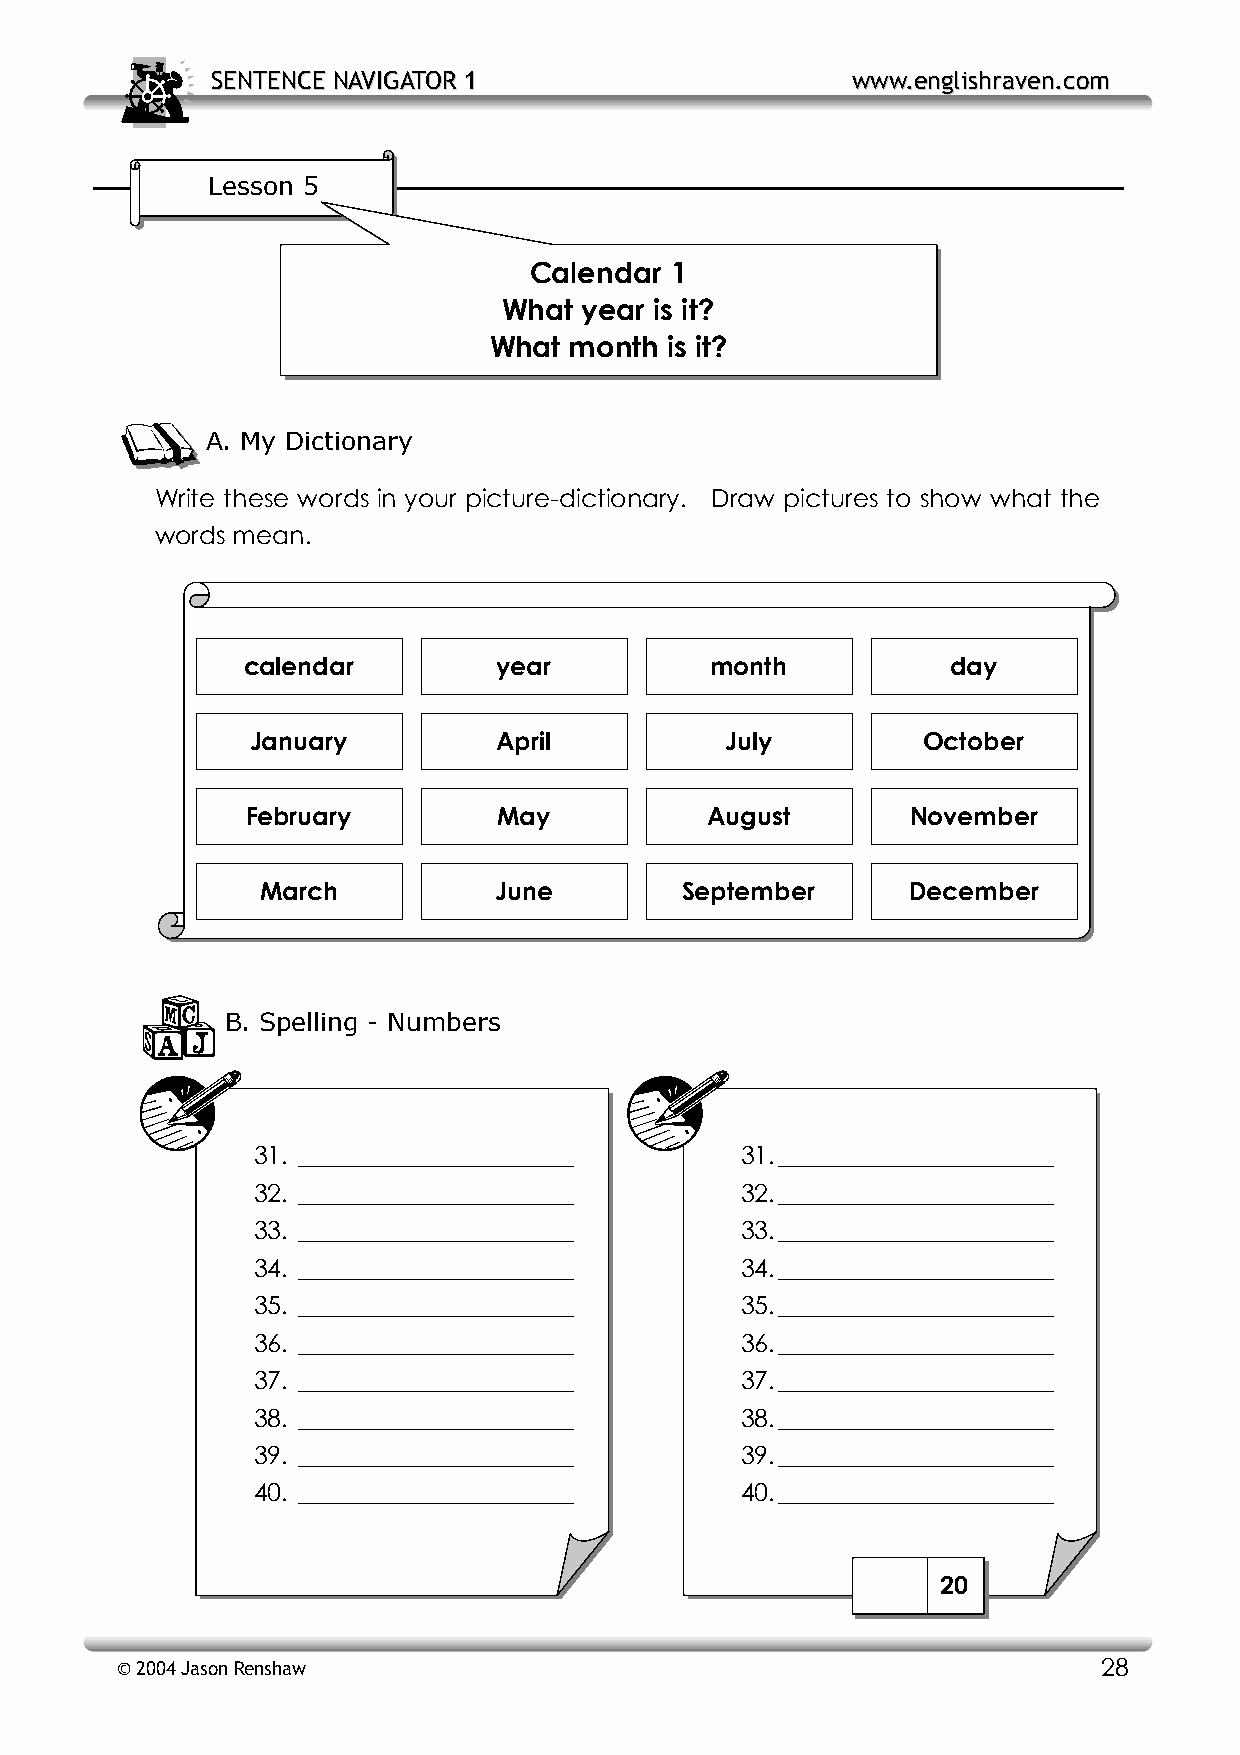
SSEENNTTEENNCCEE NNAAVVIIGGAATTOORR 11    wwwwww..eenngglliisshhrraavveenn..ccoomm
 Lesson 5
 Calendar 1
 What year is it?
 What  month is it?
 A. My Dictionary
 Write these words in your picture-dictionary. Draw pictures to show what the
 words mean.
 calendar         year          month           day
 January         April          July         October
 February         May           August       November
 March           June        September      December
 B. Spelling - Numbers
 31. ______________________      31. ______________________
 32. ______________________      32. ______________________
 33. ______________________      33. ______________________
 34. ______________________      34. ______________________
 35. ______________________      35. ______________________
 36. ______________________      36. ______________________
 37. ______________________      37. ______________________
 38. ______________________      38. ______________________
 39. ______________________      39. ______________________
 40. ______________________      40. ______________________
 20
 © 2004 Jason Renshaw                                             28